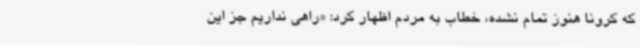
که کرونا هنوز تمام نشده، خطاب به مردم اظهار کرد: «راهی نداریم جز این